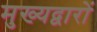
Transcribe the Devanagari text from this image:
मुख्यद्वारों